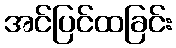
အင်ပြင်ထခြင်း